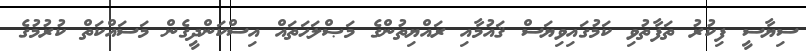
ސިޔާސީ ފިކުރު ތަފާތުވި ކަމުގައިވިޔަސް ޤައުމާއި ރައްޔިތުންގެ މަޞްލަޙަތައް އިސްކަންދީގެން މަސައްކަތް ކުރުމުގެ